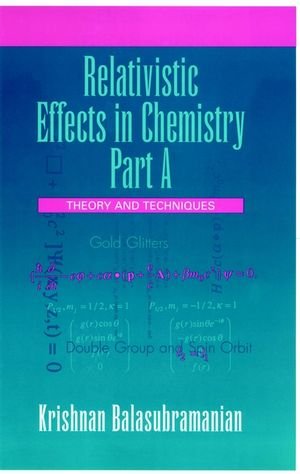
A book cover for Relativistic Effects in Chemistry Part A: Theory and Techniques; Krishnan Balasubramanian; Science & Math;